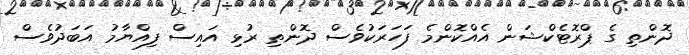
ދޮންތި ގެ ޕްރޮޓެކްޝަން އެއްކޮންމެ ފަހަރަކުވެސް ދޮންތި ރުޅި އައިސް ފިއްޔާމު އަބަދުވެސް